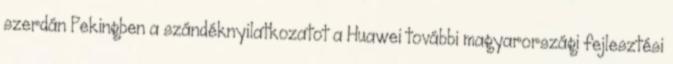
szerdán Pekingben a szándéknyilatkozatot a Huawei további magyarországi fejlesztési